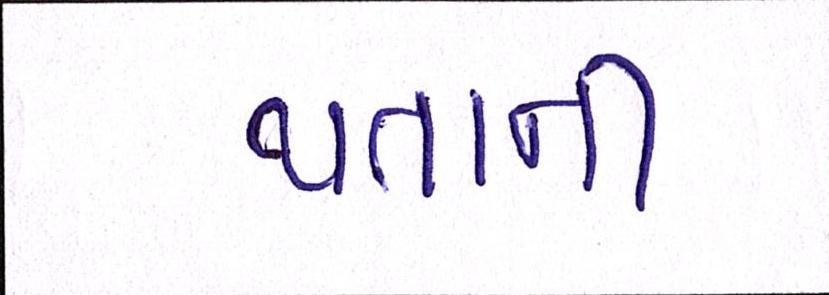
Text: થતાની